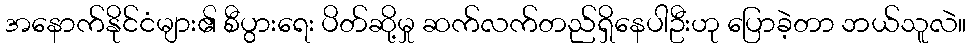
အနောက်နိုင်ငံများ၏ စီပွားရေး ပိတ်ဆို့မှု ဆက်လက်တည်ရှိနေပါဦးဟု ပြောခဲ့တာ ဘယ်သူလဲ။